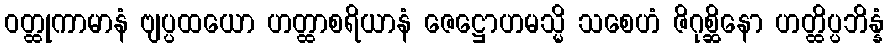
ဝတ္ထုကာမာနံ ဗျပ္ပထယော ဟတ္ထာစရိယာနံ ဇေဋ္ဌောဟမသ္မိ သစေဟံ ဇိဂုစ္ဆိနော ဟတ္ထိပ္ပဘိန္နံ